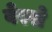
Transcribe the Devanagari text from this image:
वेस्से